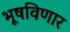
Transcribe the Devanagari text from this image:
भूषविणार